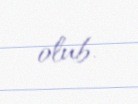
olub.